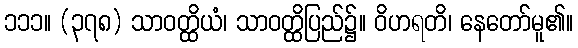
၁၁၁။ (၃၇၈) သာဝတ္ထိယံ၊ သာဝတ္ထိပြည်၌။ ဝိဟရတိ၊ နေတော်မူ၏။